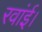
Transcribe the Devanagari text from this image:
रवांई।